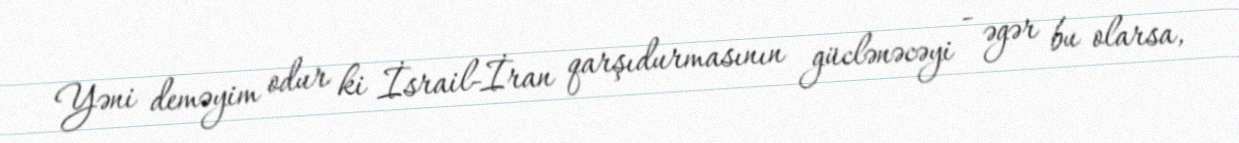
Yəni deməyim odur ki İsrail-İran qarşıdurmasının güclənəcəyi - əgər bu olarsa,